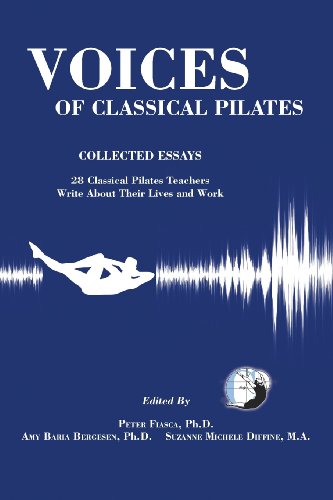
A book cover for Voices of Classical Pilates; Health, Fitness & Dieting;